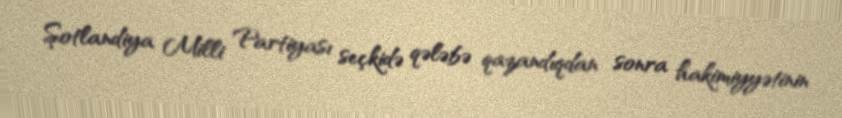
Şotlandiya Milli Partiyası seçkidə qələbə qazandıqdan sonra hakimiyyətinin